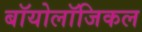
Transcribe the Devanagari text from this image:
बॉयोलॉजिकल